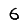
Digit: 6